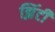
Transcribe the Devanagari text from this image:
झिंटी